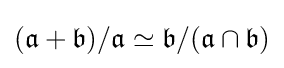
({\mathfrak {a}}+{\mathfrak {b}})/{\mathfrak {a}}\simeq {\mathfrak {b}}/({\mathfrak {a}}\cap {\mathfrak {b}})